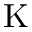
\mathrm { K }